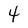
Character: 4